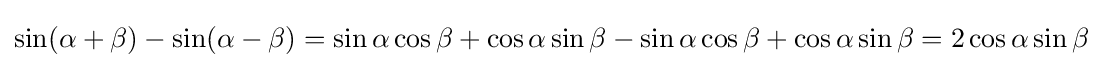
\sin(\alpha +\beta )-\sin(\alpha -\beta )=\sin \alpha \cos \beta +\cos \alpha \sin \beta -\sin \alpha \cos \beta +\cos \alpha \sin \beta =2\cos \alpha \sin \beta